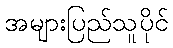
အများပြည်သူပိုင်